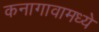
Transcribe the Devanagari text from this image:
कनागावामध्ये